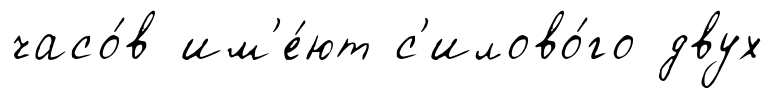
часо́в им'е́ют с'илово́го двух